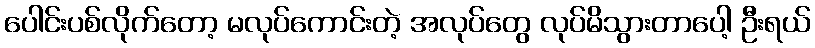
ပေါင်းပစ်လိုက်တော့ မလုပ်ကောင်းတဲ့ အလုပ်တွေ လုပ်မိသွားတာပေါ့ ဦးရယ်